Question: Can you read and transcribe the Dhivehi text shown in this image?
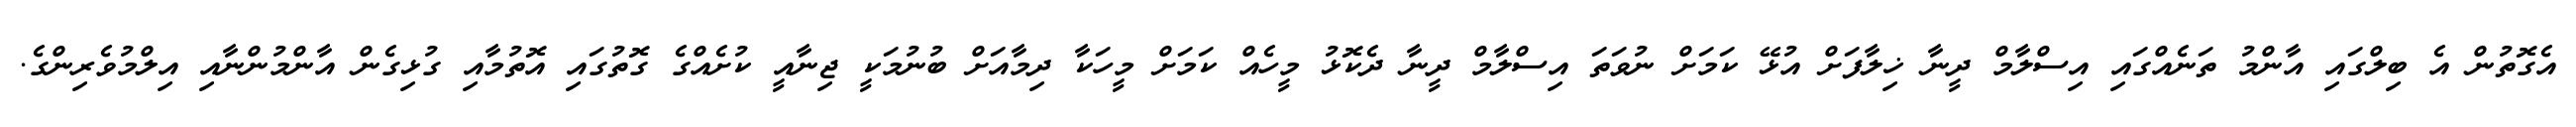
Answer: އެގޮތުން އެ ބިލްގައި އާންމު ތަނެއްގައި އިސްލާމް ދީނާ ޚިލާފަށް އުޅޭ ކަމަށް ނުވަތަ އިސްލާމް ދީނާ ދެކޮޅު މީހެއް ކަމަށް މީހަކާ ދިމާއަށް ބުނުމަކީ ޖިނާއީ ކުށެއްގެ ގޮތުގައި އޮތުމާއި ގުޅިގެން އާންމުންނާއި އިލްމުވެރިންގެ.